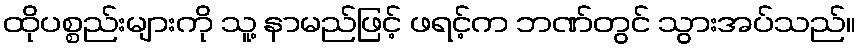
ထိုပစ္စည်းများကို သူ့ နာမည်ဖြင့် ဖရင့်က ဘဏ်တွင် သွားအပ်သည်။